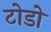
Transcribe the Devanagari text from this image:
टोडो